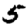
Digit: 5